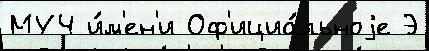
МУЧ и́м'ен'и Оф'ициа́льноjе Э